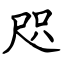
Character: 咫